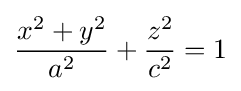
{\frac {x^{2}+y^{2}}{a^{2}}}+{\frac {z^{2}}{c^{2}}}=1